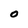
Character: O